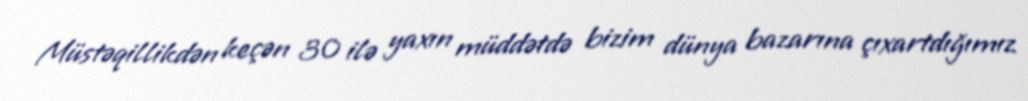
Müstəqillikdən keçən 30 ilə yaxın müddətdə bizim dünya bazarına çıxartdığımız